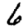
Digit: 6